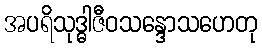
အပရိသုဒ္ဓါဇီဝသန္ဒောသဟေတု